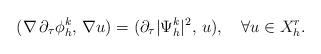
LaTeX: \begin{align*} (\nabla \,\partial_{\tau}{\phi}_{h}^{k},\,\nabla u) = (\partial_{\tau}\vert\Psi_{h}^{k}\vert^{2},\,u),\quad\forall u \in X_{h}^{r}.\end{align*}